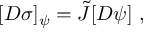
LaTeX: [ { \cal D } \sigma ] _ { \psi } = \tilde { J } [ { \cal D } \psi ] \ ,